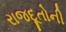
રાજદૂતોની